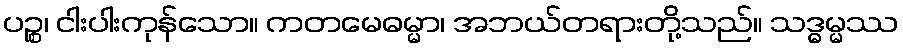
ပဉ္စ၊ ငါးပါးကုန်သော။ ကတမေဓမ္မာ၊ အဘယ်တရားတို့သည်။ သဒ္ဓမ္မဿ